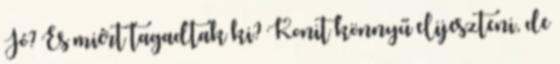
Jó? És miért tagadtak ki? Konit könnyű elijeszteni, de